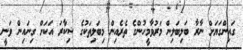
ގައިންގަޔަށް ނާރާ ބަލިބަލިން މަރުވާމީހުންގެ ތެރެއިން މިބަލިތަކުގެ ޝިކާރަ އަކަށް ގިނައިން ވަނީ